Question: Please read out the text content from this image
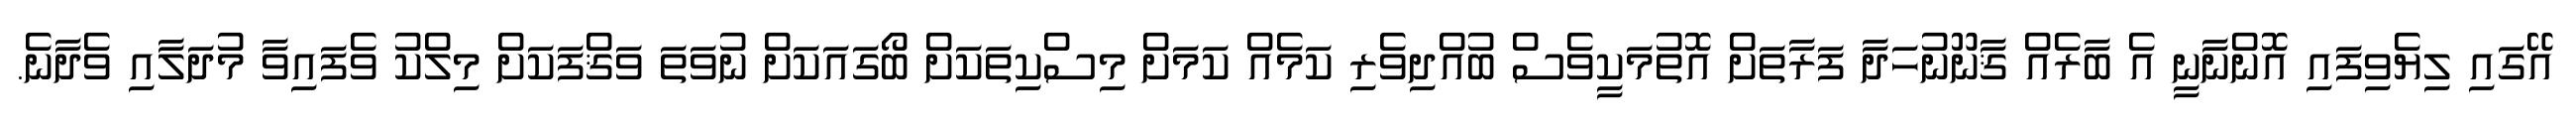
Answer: އޭގައި ލިޔެވިފައި އޮންނާނީ އެ ބާރެއް ޤާނޫނުހަދާ ފަރާތަށް އޮތުމަކީވެސް ބުއްދިވެރި ކަމެއް ކަމަށް މިސްކިތަކަށް ބޯގައަކަށް ނުވަތަ ވަޤްފަކަށް މިލްކު ވެފައިވާ މުދަލާއި ވެދާނެ.